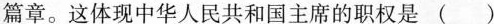
篇章。这体现中华人民共和国主席的职权是 ( )